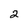
Character: 2